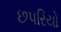
છપરિયો